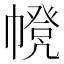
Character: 𢅃